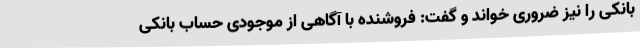
بانکی را نیز ضروری خواند و گفت: فروشنده با آگاهی از موجودی حساب بانکی